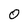
Character: 0